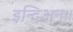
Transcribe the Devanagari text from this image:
इन्दिअन॥